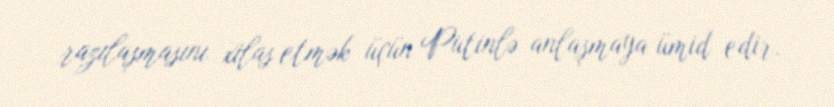
razılaşmasını xilas etmək üçün Putinlə anlaşmaya ümid edir.